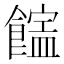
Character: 𩞜